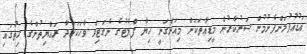
އަޑުއުފުލަންފެށުމުން ސަރުކާރުން މީޑިއާތަކަށް މިއަންގަނީ ހިޔާ ފްލެޓުގެ ނެގަޓިވް ވާހަކަހަދާ ރައްޔިތުންގެ ހިތުގައި